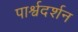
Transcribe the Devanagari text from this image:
पार्श्वदर्शन